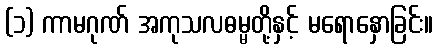
(၁) ကာမဂုဏ် အကုသလဓမ္မတို့နှင့် မရောနှောခြင်း။